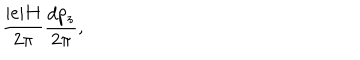
LaTeX: \frac { \vert e \vert H } { 2 \pi } \frac { d p _ { z } } { 2 \pi } , \nonumber